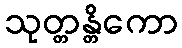
သုတ္တန္တိကော